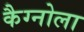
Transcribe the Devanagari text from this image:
कैग्नोला